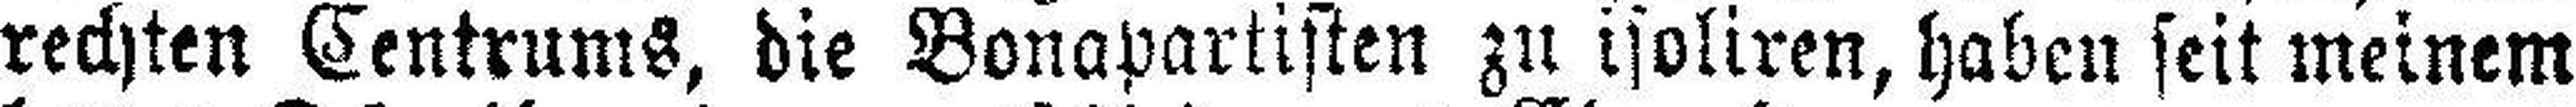
rechten Centrums, die Bonapartisten zu isoliren, haben seit meinem